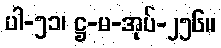
ပါ-၅၁၊ ဋ္ဌ-မ-အုပ်-၂၅၆။